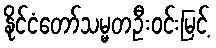
နိုင်ငံတော်သမ္မတဦးဝင်းမြင့်